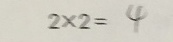
2 \times 2 = 4